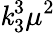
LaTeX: \mathit{k}_{3}^{3}\mu^{2}